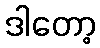
ဒါတော့